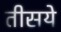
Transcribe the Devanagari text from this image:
तीसये